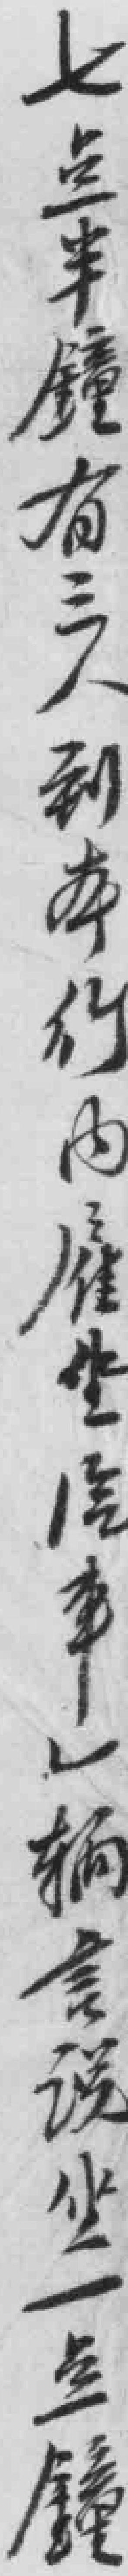
七点半種有三人到本行內雇坐汽車一辆言說坐一点種